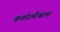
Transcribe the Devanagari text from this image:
कर्तारमीश्वरम्।